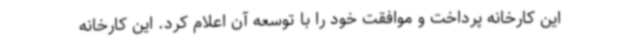
این کارخانه پرداخت و موافقت خود را با توسعه آن اعلام کرد. این کارخانه